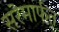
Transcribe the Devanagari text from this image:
सरेमार्फत